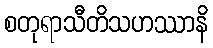
စတုရာသီတိသဟဿာနိ